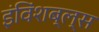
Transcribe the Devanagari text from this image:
इंविंशब्ल्स